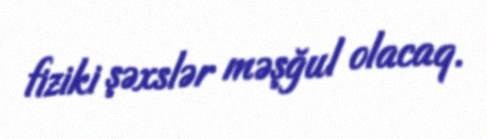
fiziki şəxslər məşğul olacaq.